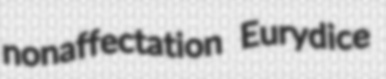
nonaffectation Eurydice